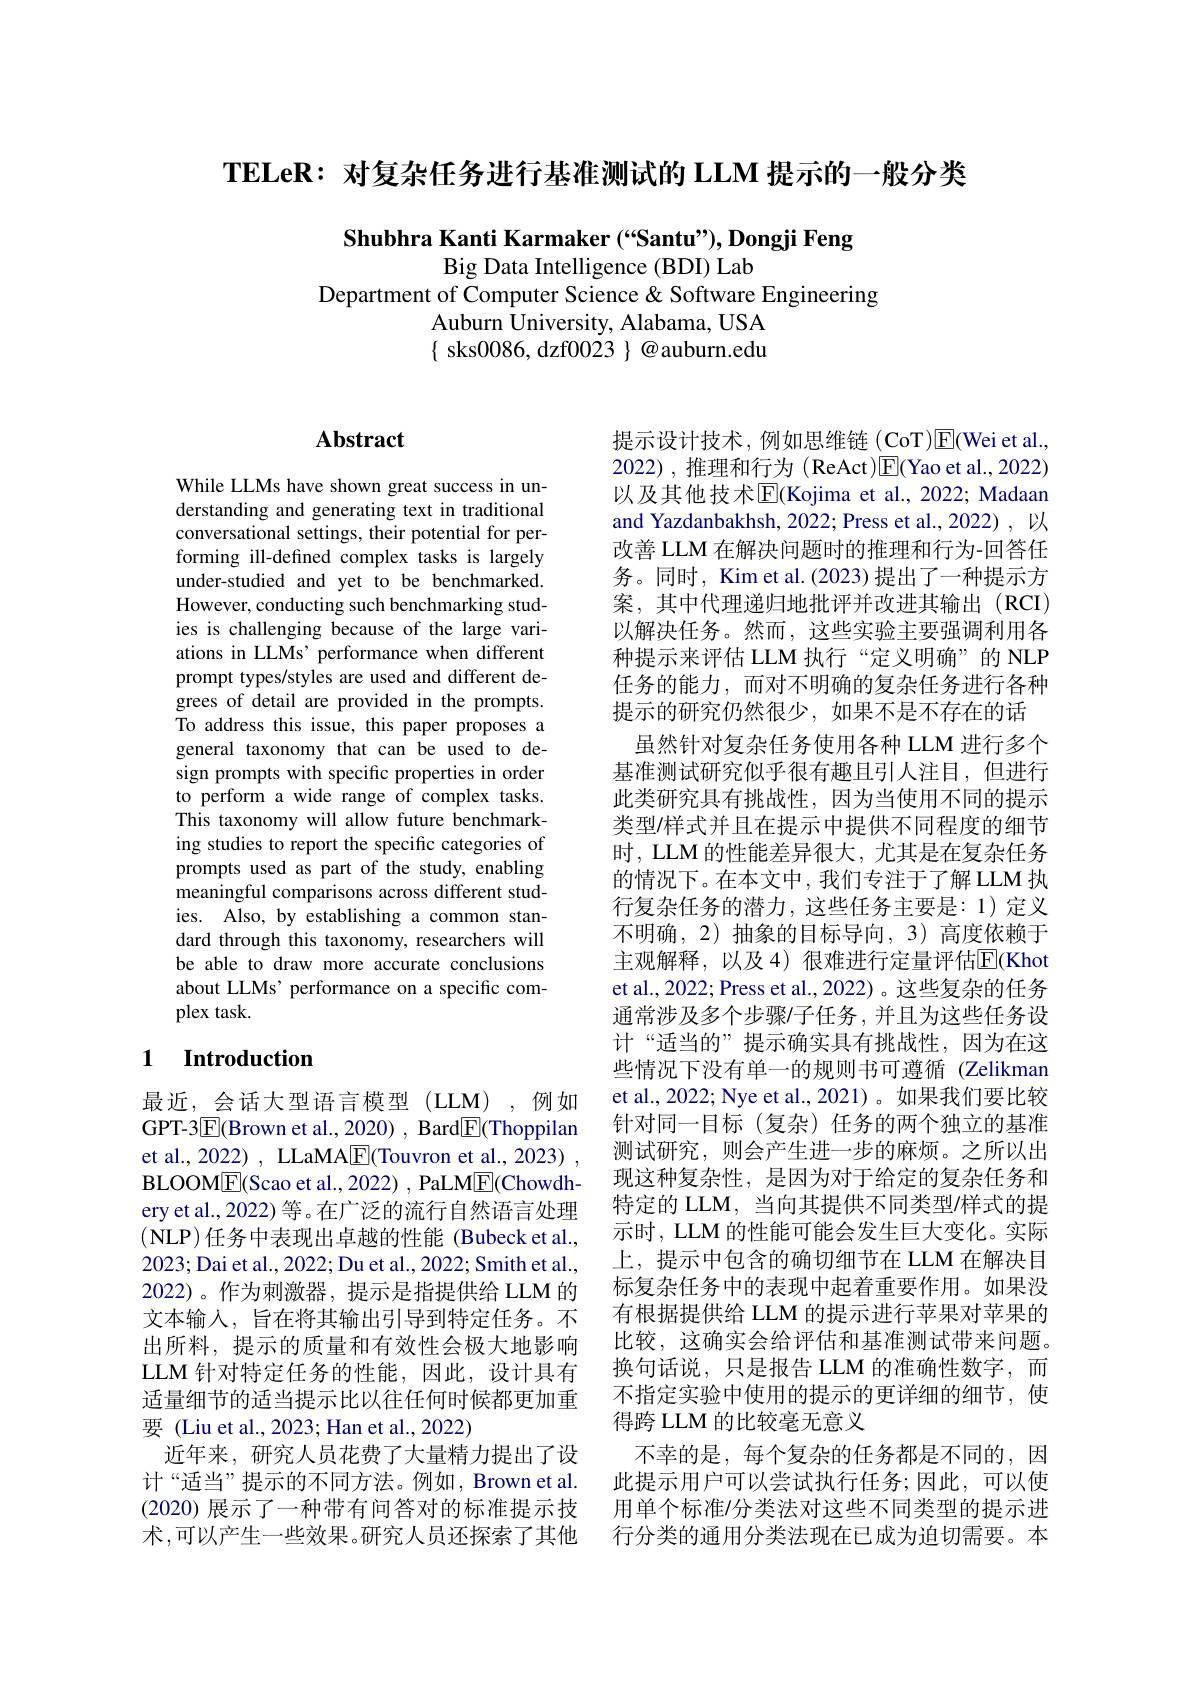
TELeR: 对复杂任务进行基准测试的 LLM 提示的一般分类

Shubhra Kanti Karmaker (“Santu”), Dongji Feng
Big Data Intelligence (BDI) Lab
Department of Computer Science & Software Engineering
Auburn University, Alabama, USA $\{$ sks0086, dzf0023 $\}\textcircled{a}$auburn.edu

### $\mathbf{Abstract}$

While LLMs have shown great success in understanding and generating text in traditional conversational settings, their potential for performing ill-defined complex tasks is largely under-studied and yet to be benchmarked. However, conducting such benchmarking studies is challenging because of the large variations in LLMs' performance when different prompt types/styles are used and different degrees of detail are provided in the prompts. To address this issue, this paper proposes a general taxonomy that can be used to design prompts with specific properties in order to perform a wide range of complex tasks. This taxonomy will allow future benchmarking studies to report the specific categories of prompts used as part of the study, enabling meaningful comparisons across different studies. Also, by establishing a common standard through this taxonomy, researchers will be able to draw more accurate conclusions about LLMs' performance on a specific complex task.

### 1 $\textbf{Introduction}$

最近，会话大型语言模型(LLM),例如GPT-3$\boxed{\mathrm{F}}($Brown et al.,2020) , Bard$\boxed{\mathrm{F}}($Thoppilan et al., 2022) , LLaMA$\underline{\mathrm{E}}($Touvron et al., 2023) , BLOOME(Scao et al., 2022) , PaLM$\underline{\mathrm{E}}($Chowdhery et al., 2022) 等。在广泛的流行自然语言处理(NLP)任务中表现出卓越的性能 (Bubeck et al., 2023;Dai et al., 2022; Du et al., 2022; Smith et al., 2022)。作为刺激器，提示是指提供给 LLM 的文本输入，旨在将其输出引导到特定任务。不出所料，提示的质量和有效性会极大地影响LLM 针对特定任务的性能，因此，设计具有适量细节的适当提示比以往任何时候都更加重要 (Liu et al., 2023; Han et al., 2022)
近年来，研究人员花费了大量精力提出了设计“适当”提示的不同方法。例如，Brown et al. (2020)展示了一种带有问答对的标准提示技术，可以产生一些效果。研究人员还探索了其他

提示设计技术，例如思维链(CoT)E(Wei et al., 2022),推理和行为(ReAct)E(Yao et al., 2022) 以及其他技术$\overline{\mathbb{E}}$(Kojima et al., 2022; Madaan and Yazdanbakhsh, 2022; Press et al., 2022) , 以改善 LLM 在解决问题时的推理和行为-回答任务。同时，Kim et al.(2023) 提出了一种提示方案，其中代理递归地批评并改进其输出(RCI) 以解决任务。然而，这些实验主要强调利用各种提示来评估 LLM 执行“定义明确”的 NLP 任务的能力，而对不明确的复杂任务进行各种提示的研究仍然很少，如果不是不存在的话
虽然针对复杂任务使用各种 LLM 进行多个基准测试研究似乎很有趣且引人注目，但进行此类研究具有挑战性，因为当使用不同的提示类型/样式并且在提示中提供不同程度的细节时，LLM 的性能差异很大，尤其是在复杂任务的情况下。在本文中，我们专注于了解 LLM 执行复杂任务的潜力，这些任务主要是：1)定义不明确，2)抽象的目标导向，3)高度依赖于主观解释，以及4)很难进行定量评估$\overline{\mathrm{E}}($Khot et al., 2022; Press et al., 2022) 。这些复杂的任务通常涉及多个步骤/子任务，并且为这些任务设计“适当的”提示确实具有挑战性，因为在这些情况下没有单一的规则书可遵循 (Zelikman et al., 2022; Nye et al., 2021)。如果我们要比较针对同一目标(复杂)任务的两个独立的基准测试研究，则会产生进一步的麻烦。之所以出现这种复杂性，是因为对于给定的复杂任务和特定的 LLM, 当向其提供不同类型/样式的提示时，LLM 的性能可能会发生巨大变化。实际上，提示中包含的确切细节在 LLM 在解决目标复杂任务中的表现中起着重要作用。如果没有根据提供给 LLM 的提示进行苹果对苹果的比较，这确实会给评估和基准测试带来问题。换句话说，只是报告 LLM 的准确性数字，而不指定实验中使用的提示的更详细的细节，使得跨 LLM 的比较毫无意义
不幸的是，每个复杂的任务都是不同的，因此提示用户可以尝试执行任务；因此，可以使用单个标准/分类法对这些不同类型的提示进行分类的通用分类法现在已成为迫切需要。本